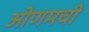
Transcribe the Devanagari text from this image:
ओणमची